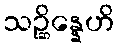
သဉ္ဆိန္နေဟိ